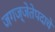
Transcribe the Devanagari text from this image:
जगज्जेतेपदाचे